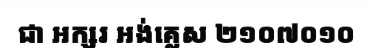
ជា អក្សរ អង់គ្លេស ២១០៧០១០